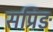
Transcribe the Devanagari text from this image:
सप्रिङ